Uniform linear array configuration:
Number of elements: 16
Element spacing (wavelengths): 0.75
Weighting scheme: uniform
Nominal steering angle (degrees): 60
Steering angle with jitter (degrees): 61.137
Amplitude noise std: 0.05
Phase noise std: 0.05

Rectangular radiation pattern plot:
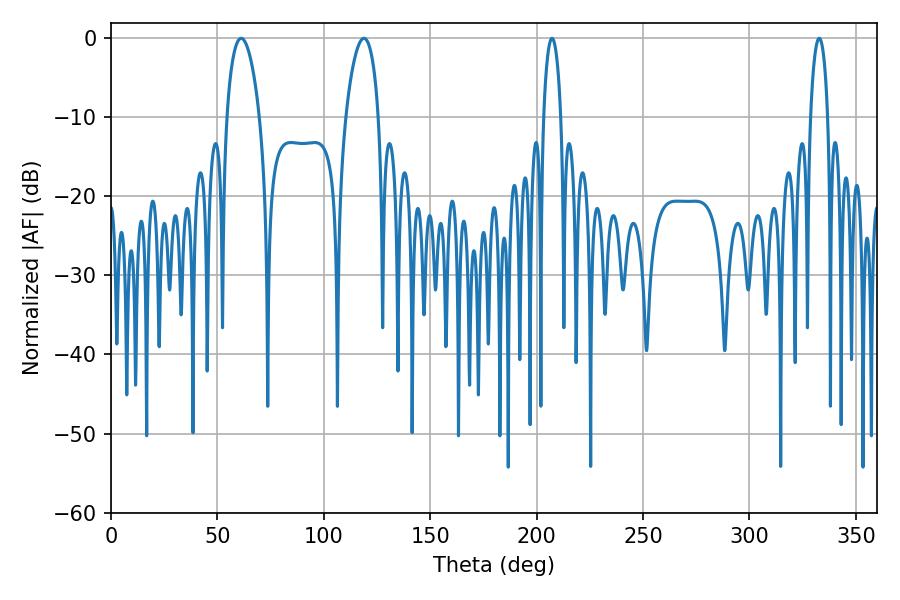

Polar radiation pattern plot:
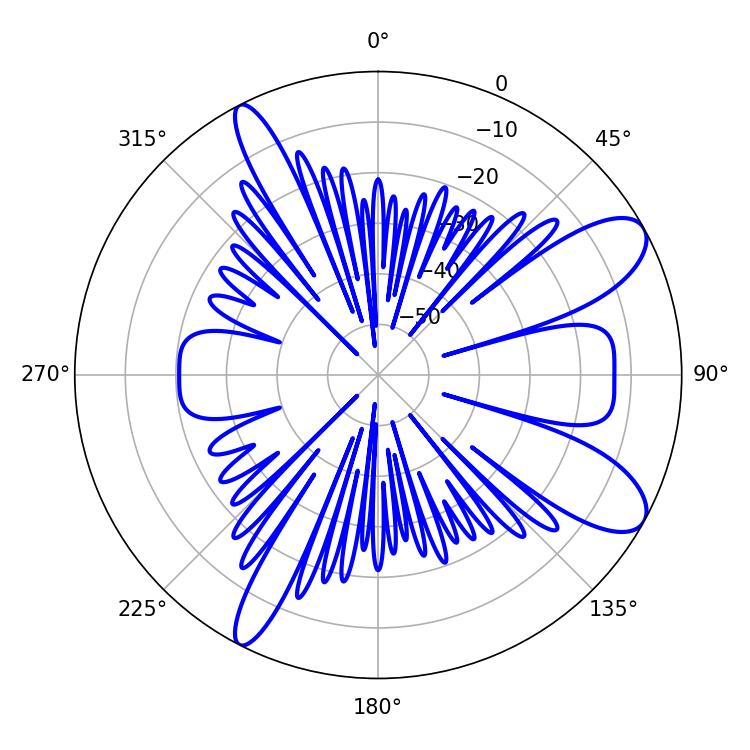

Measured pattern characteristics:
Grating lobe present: TRUE
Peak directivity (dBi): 9.62
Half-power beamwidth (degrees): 8.82
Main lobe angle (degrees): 61.2